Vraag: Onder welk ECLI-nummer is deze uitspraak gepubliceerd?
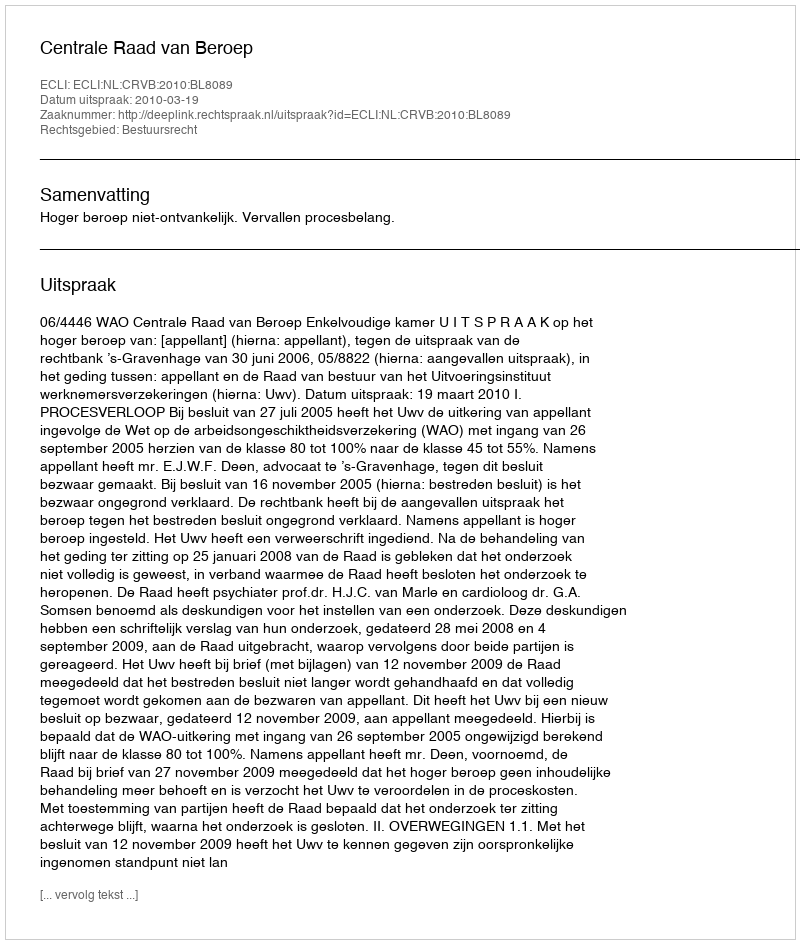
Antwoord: ECLI:NL:CRVB:2010:BL8089